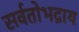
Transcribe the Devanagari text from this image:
सर्वतोभद्राय